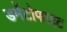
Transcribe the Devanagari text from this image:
डर्मेटोफाइट